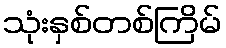
သုံးနှစ်တစ်ကြိမ်